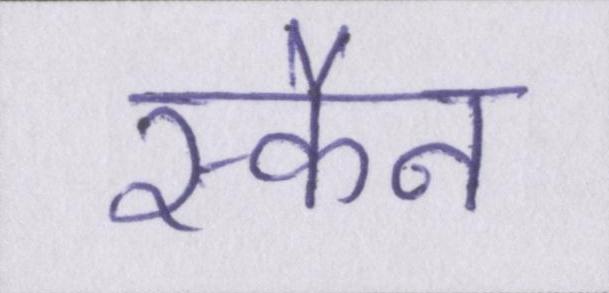
स्कैन